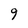
Character: 9